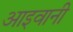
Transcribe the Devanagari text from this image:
आइवानी